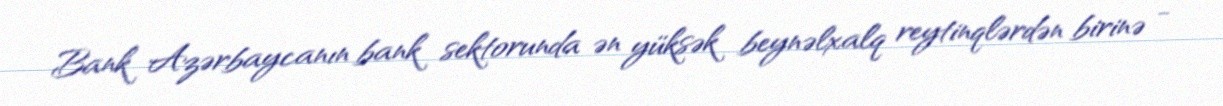
Bank Azərbaycanın bank sektorunda ən yüksək beynəlxalq reytinqlərdən birinə -